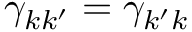
\gamma _ { k k ^ { \prime } } = \gamma _ { k ^ { \prime } k }